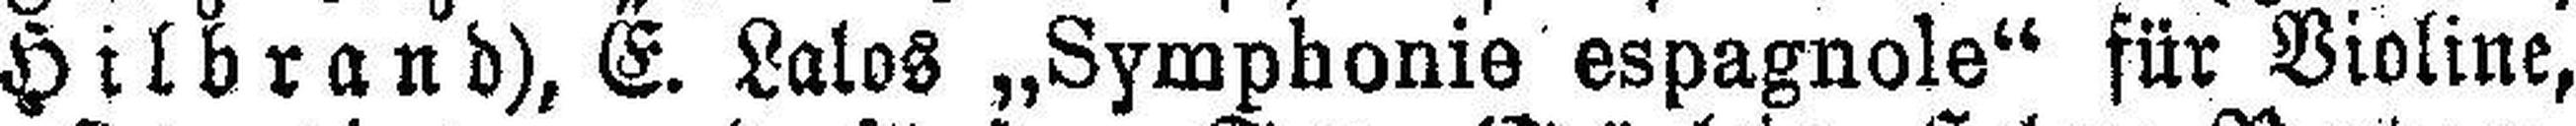
Hilbrand), E. Lalos „Symphonie espagnole“ für Violine,